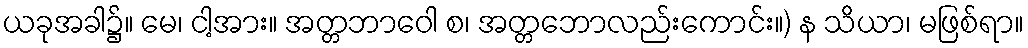
ယခုအခါ၌။ မေ၊ ငါ့အား။ အတ္တဘာဝေါ စ၊ အတ္တဘောလည်းကောင်း။) န သိယာ၊ မဖြစ်ရာ။